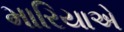
મારિયાએ